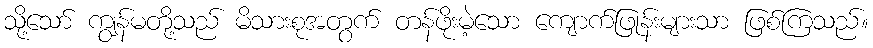
သို့သော် ကျွန်မတို့သည် မိသားစုအတွက် တန်ဖိုးမဲ့သော ကျောက်ဖြုန်းများသာ ဖြစ်ကြသည်။